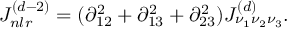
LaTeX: J _ { n l r } ^ { ( d - 2 ) } = ( \partial _ { 1 2 } ^ { 2 } + \partial _ { 1 3 } ^ { 2 } + \partial _ { 2 3 } ^ { 2 } ) J _ { \nu _ { 1 } \nu _ { 2 } \nu _ { 3 } } ^ { ( d ) } .